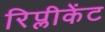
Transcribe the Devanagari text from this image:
रिप्लीकेंट